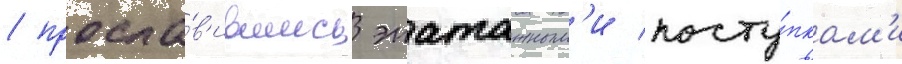
/ просла́в'ившись эпатажным'и посту́пкам'и